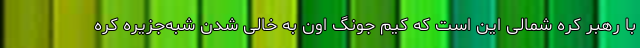
با رهبر کره شمالی این است که کیم جونگ اون به خالی شدن شبه‌جزیره کره